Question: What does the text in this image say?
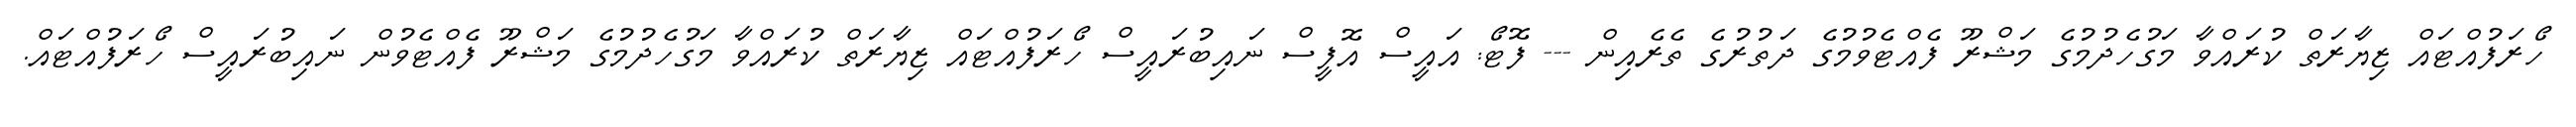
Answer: ހޯރަފުއްޓައް ޒިޔާރަތް ކުރައްވާ މަގުހެދުމުގެ މަޝްރޫ ފެއްޓެވުމުގެ ދަތުރުގެ ތެރެއިން --- ފޮޓޯ: އައީސް އޮފީސް ނައިބުރައީސް ހޯރަފުއްޓައް ޒިޔާރަތް ކުރައްވާ މަގުހެދުމުގެ މަޝްރޫ ފެއްޓެވުން ނައިބުރައީސް ހޯރަފުއްޓައް.